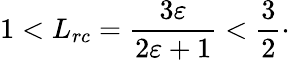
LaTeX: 1<L_{rc}=\frac{3\varepsilon}{2\varepsilon+1}<\frac 32\cdot